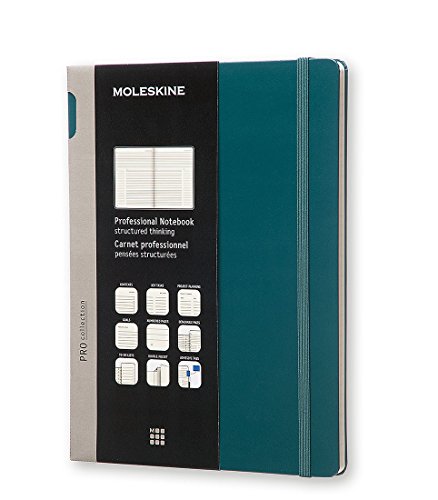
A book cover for Moleskine Pro Collection Professional Notebook, Extra Large, Tide Green, Hard Cover (7.5 x 10); Moleskine; Calendars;